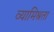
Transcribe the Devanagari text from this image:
व्यामिश्रता